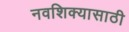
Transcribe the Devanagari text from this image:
नवशिक्यासाठी